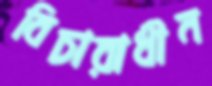
বিচারাধীন